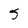
Character: 5